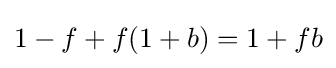
1-f+f(1+b)=1+fb